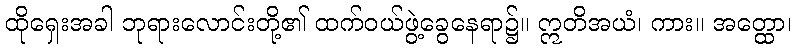
ထိုရှေးအခါ ဘုရားလောင်းတို့၏ ထက်ဝယ်ဖွဲ့ခွေနေရာ၌။ ဣတိအယံ၊ ကား။ အတ္ထော၊